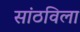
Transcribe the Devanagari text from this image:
सांठविला